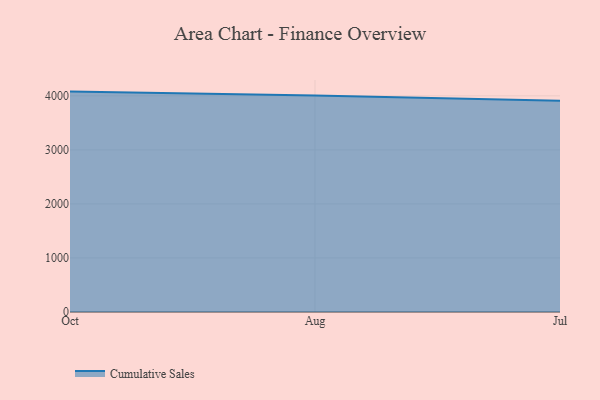
{"axis": {"x": "Month", "y": "Latency (ms)"}, "legend": ["Cumulative Sales"], "data": [{"x": "Oct", "y": 4078.0, "type": "Cumulative Sales"}, {"x": "Aug", "y": 4006.9, "type": "Cumulative Sales"}, {"x": "Jul", "y": 3911.0, "type": "Cumulative Sales"}]}